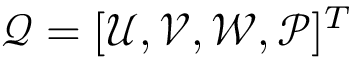
\boldsymbol { \mathcal { Q } } = [ \mathcal { U } , \mathcal { V } , \mathcal { W } , \mathcal { P } ] ^ { T }